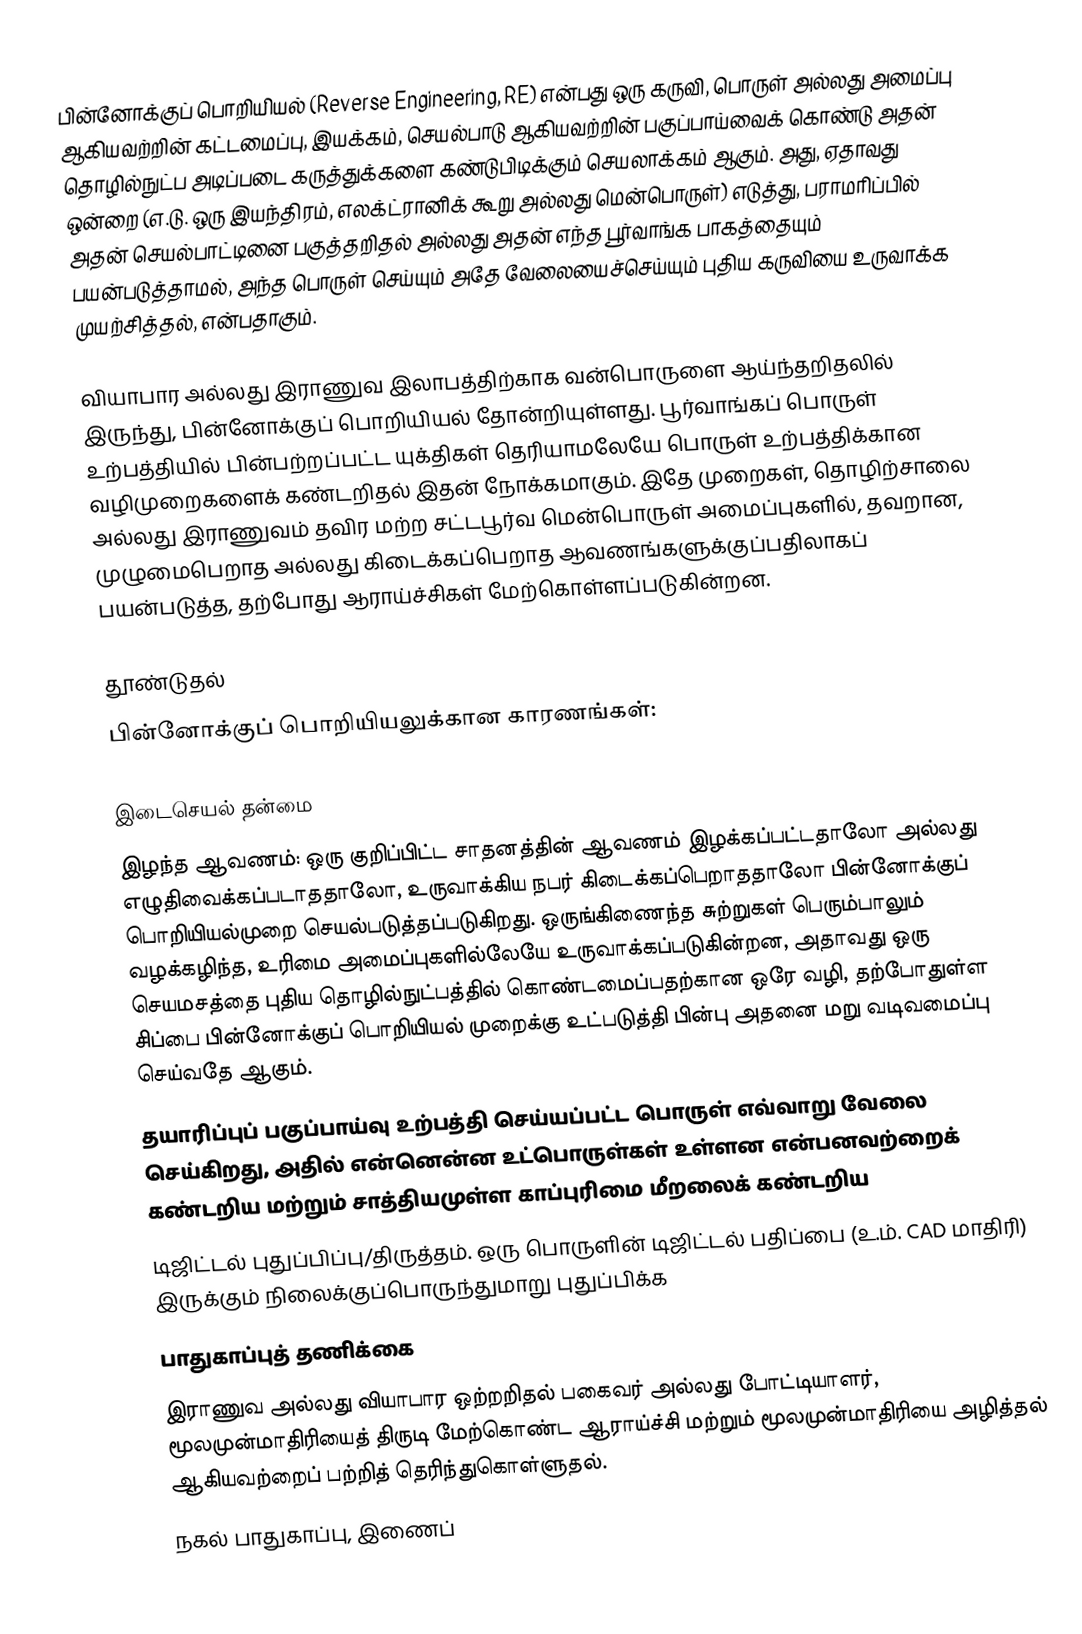
பின்னோக்குப் பொறியியல் (Reverse Engineering, RE) என்பது ஒரு கருவி, பொருள் அல்லது அமைப்பு ஆகியவற்றின் கட்டமைப்பு, இயக்கம், செயல்பாடு ஆகியவற்றின் பகுப்பாய்வைக் கொண்டு அதன் தொழில்நுட்ப அடிப்படை கருத்துக்களை கண்டுபிடிக்கும் செயலாக்கம் ஆகும். அது, ஏதாவது ஒன்றை (எ.டு. ஒரு இயந்திரம், எலக்ட்ரானிக் கூறு அல்லது மென்பொருள்) எடுத்து, பராமரிப்பில் அதன் செயல்பாட்டினை பகுத்தறிதல் அல்லது அதன் எந்த பூர்வாங்க பாகத்தையும் பயன்படுத்தாமல், அந்த பொருள் செய்யும் அதே வேலையைச்செய்யும் புதிய கருவியை உருவாக்க முயற்சித்தல், என்பதாகும்.

வியாபார அல்லது இராணுவ இலாபத்திற்காக வன்பொருளை ஆய்ந்தறிதலில் இருந்து, பின்னோக்குப் பொறியியல் தோன்றியுள்ளது. பூர்வாங்கப் பொருள் உற்பத்தியில் பின்பற்றப்பட்ட யுக்திகள் தெரியாமலேயே பொருள் உற்பத்திக்கான வழிமுறைகளைக் கண்டறிதல் இதன் நோக்கமாகும். இதே முறைகள், தொழிற்சாலை அல்லது இராணுவம் தவிர மற்ற சட்டபூர்வ மென்பொருள் அமைப்புகளில், தவறான, முழுமைபெறாத அல்லது கிடைக்கப்பெறாத ஆவணங்களுக்குப்பதிலாகப் பயன்படுத்த, தற்போது ஆராய்ச்சிகள் மேற்கொள்ளப்படுகின்றன.

தூண்டுதல்
பின்னோக்குப் பொறியியலுக்கான காரணங்கள்:

 இடைசெயல் தன்மை
 இழந்த ஆவணம்: ஒரு குறிப்பிட்ட சாதனத்தின் ஆவணம் இழக்கப்பட்டதாலோ அல்லது எழுதிவைக்கப்படாததாலோ, உருவாக்கிய நபர் கிடைக்கப்பெறாததாலோ பின்னோக்குப் பொறியியல்முறை செயல்படுத்தப்படுகிறது. ஒருங்கிணைந்த சுற்றுகள் பெரும்பாலும் வழக்கழிந்த, உரிமை அமைப்புகளில்லேயே உருவாக்கப்படுகின்றன, அதாவது ஒரு செயமசத்தை புதிய தொழில்நுட்பத்தில் கொண்டமைப்பதற்கான ஒரே வழி, தற்போதுள்ள சிப்பை பின்னோக்குப் பொறியியல் முறைக்கு உட்படுத்தி பின்பு அதனை மறு வடிவமைப்பு செய்வதே ஆகும்.
 தயாரிப்புப் பகுப்பாய்வு உற்பத்தி செய்யப்பட்ட பொருள் எவ்வாறு வேலை செய்கிறது, அதில் என்னென்ன உட்பொருள்கள் உள்ளன என்பனவற்றைக் கண்டறிய மற்றும் சாத்தியமுள்ள காப்புரிமை மீறலைக் கண்டறிய
 டிஜிட்டல் புதுப்பிப்பு/திருத்தம். ஒரு பொருளின் டிஜிட்டல் பதிப்பை (உ.ம். CAD மாதிரி) இருக்கும் நிலைக்குப்பொருந்துமாறு புதுப்பிக்க
 பாதுகாப்புத் தணிக்கை
 இராணுவ அல்லது வியாபார ஒற்றறிதல் பகைவர் அல்லது போட்டியாளர், மூலமுன்மாதிரியைத் திருடி மேற்கொண்ட ஆராய்ச்சி மற்றும் மூலமுன்மாதிரியை அழித்தல் ஆகியவற்றைப் பற்றித் தெரிந்துகொள்ளுதல்.
 நகல் பாதுகாப்பு, இணைப்